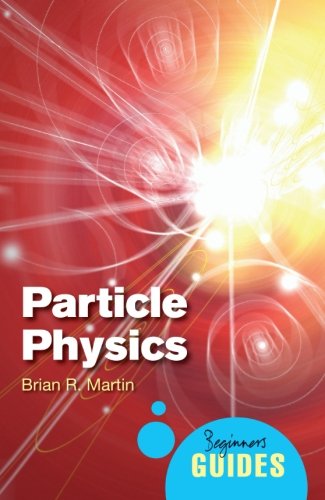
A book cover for Particle Physics: A Beginner's Guide (Beginner's Guides); Brian R. Martin; Science & Math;